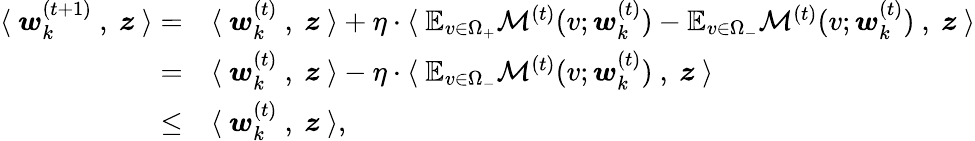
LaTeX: \begin{array}{rl}{\langle~{\boldsymbol w}_{k}^{(t+1)}~,~{\boldsymbol z}~\rangle=}&{\langle~{\boldsymbol w}_{k}^{(t)}~,~{\boldsymbol z}~\rangle+\eta\cdot\langle~\mathbb{E}_{v\in\Omega_{+}}\mathcal{M}^{(t)}(v;{\boldsymbol w}_{k}^{(t)})-\mathbb{E}_{v\in\Omega_{-}}\mathcal{M}^{(t)}(v;{\boldsymbol w}_{k}^{(t)})~,~{\boldsymbol z}~\rangle}\\ {=}&{\langle~{\boldsymbol w}_{k}^{(t)}~,~{\boldsymbol z}~\rangle-\eta\cdot\langle~\mathbb{E}_{v\in\Omega_{-}}\mathcal{M}^{(t)}(v;{\boldsymbol w}_{k}^{(t)})~,~{\boldsymbol z}~\rangle}\\ {\le}&{\langle~{\boldsymbol w}_{k}^{(t)}~,~{\boldsymbol z}~\rangle,}\end{array}